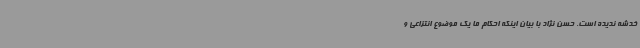
خدشه ندیده است. حسن نژاد با بیان اینکه احکام ما یک موضوع انتزاعی و